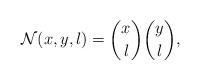
LaTeX: \begin{align*}\mathcal{N}(x,y,l)= \binom{x}{l}\binom{y}{l},\end{align*}